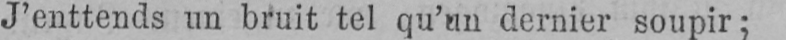
J’enttends un bruit tel qu’un dernier soupir;